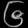
Digit: ၆